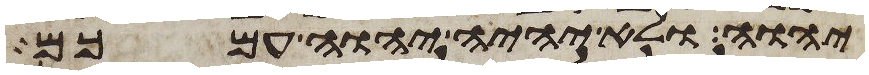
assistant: יהוה ולא יהיה יהוה עמכם